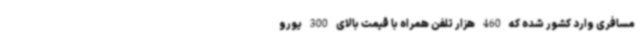
مسافری وارد کشور شده که 460 هزار تلفن همراه با قیمت بالای 300 یورو